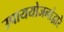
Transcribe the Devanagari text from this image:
उपाययोजनांद्वारे